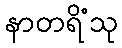
နာတရိံသု